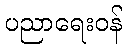
ပညာရေးဝန်